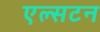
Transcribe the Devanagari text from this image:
एल्सटन